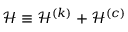
\mathcal { H } \equiv \mathcal { H } ^ { ( k ) } + \mathcal { H } ^ { ( c ) }